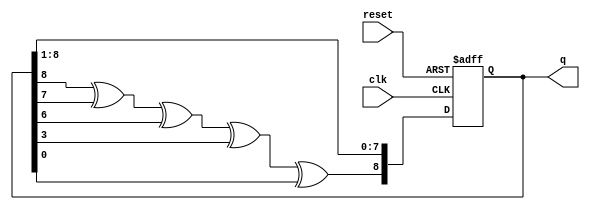
// LFSR with x^8+x^7+x^6+x^3+1 polynomial
module LFSR#(parameter N = 8)( input clk, reset, output [N:0] q);

	reg [N:0] r_reg;
	wire [N:0] r_next;
	wire feedback_value;
	                        
	always @(posedge clk, posedge reset)
	begin 
	    if (reset)
	        begin
	        r_reg <= 1;
	        end     
	    else if (clk == 1'b1)
	        r_reg <= r_next;
	end
	assign feedback_value = r_reg[8] ^ r_reg[7] ^ r_reg[6] ^ r_reg[3] ^ r_reg[0];

	assign r_next = {feedback_value, r_reg[N:1]};
	assign q = r_reg;
endmodule